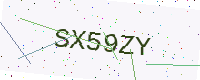
Text: SX59ZY